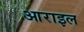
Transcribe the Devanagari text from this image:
आराइल